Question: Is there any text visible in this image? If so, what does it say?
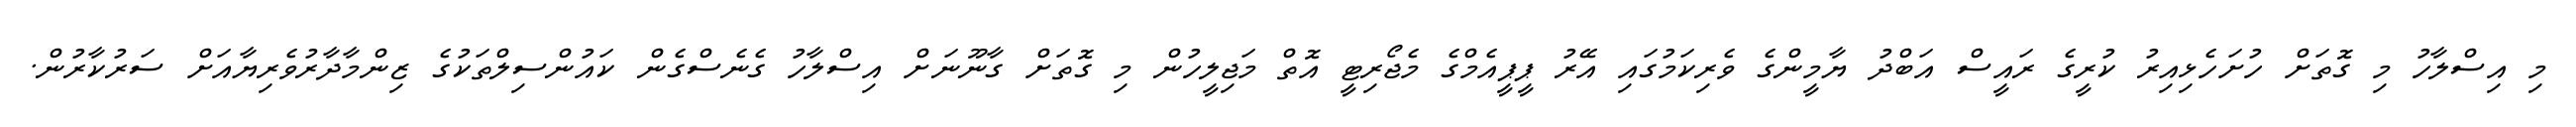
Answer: މި އިސްލާހު މި ގޮތަށް ހުށަހެޅިއިރު ކުރީގެ ރައީސް އަބްދު ޔާމީންގެ ވެރިކަމުގައި އޭރު ޕީޕީއެމްގެ މެޖޯރިޓީ އޮތް މަޖިލީހުން މި ގޮތަށް ގާނޫނަށް އިސްލާހު ގެނެސްގެން ކައުންސިލްތަކުގެ ޒިންމާދާރުވެރިޔާއަށް ސަރުކާރުން.